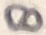
Text: 8